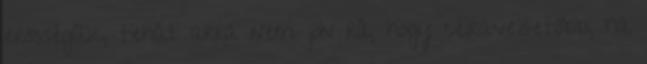
erősségük, tehát arra nem jön rá, hogy célravezetőbb, ha